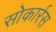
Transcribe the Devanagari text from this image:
सोकार्रस